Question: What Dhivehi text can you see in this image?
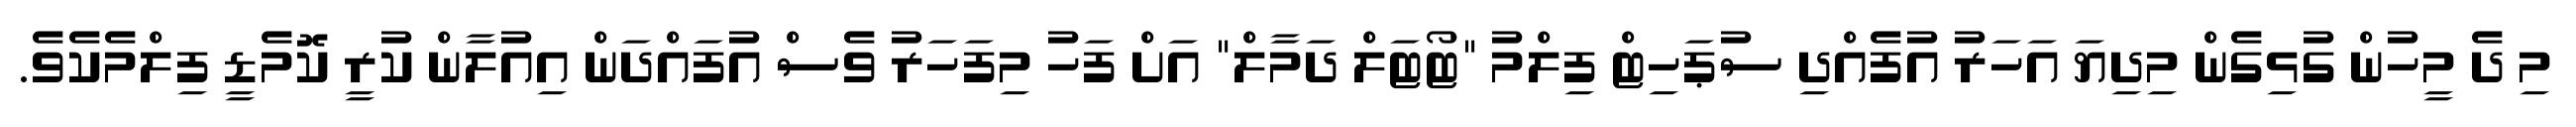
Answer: މި ދެ މީހުން ގުޅިގެން މިދިޔަ އަހަރު އުފެއްދި ސުޕަހިޓް ފިލްމު "ޓޯޓަލް ދަމާލް" އަށް ފަހު މިފަހަރު ވެސް އުފައްދަން އިއުލާން ކުރީ ކޮމެޑީ ފިލްމެކެވެ.